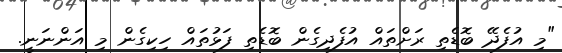
"މި އުފެދޭ ބޮޑެތި ރަށްތައް އުފެދިގެން ބޮޑެތި ފަޅުތައް ހިކިގެން މި އަންނަނީ.